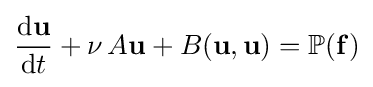
{\frac {\mathrm {d} \mathbf {u} }{\mathrm {d} t}}+\nu \,A\mathbf {u} +B(\mathbf {u} ,\mathbf {u} )=\mathbb {P} (\mathbf {f} )